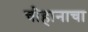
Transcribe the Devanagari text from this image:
चौहानाचा